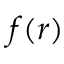
f ( r )